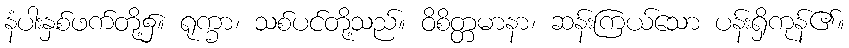
နံပါးနှစ်ဖက်တို့၌။ ရုက္ခာ၊ သစ်ပင်တို့သည်။ ဝိစိတ္တမာနာ၊ ဆန်းကြယ်သော ပန်းရှိကုန်၏။